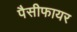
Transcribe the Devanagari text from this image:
पैसीफायर